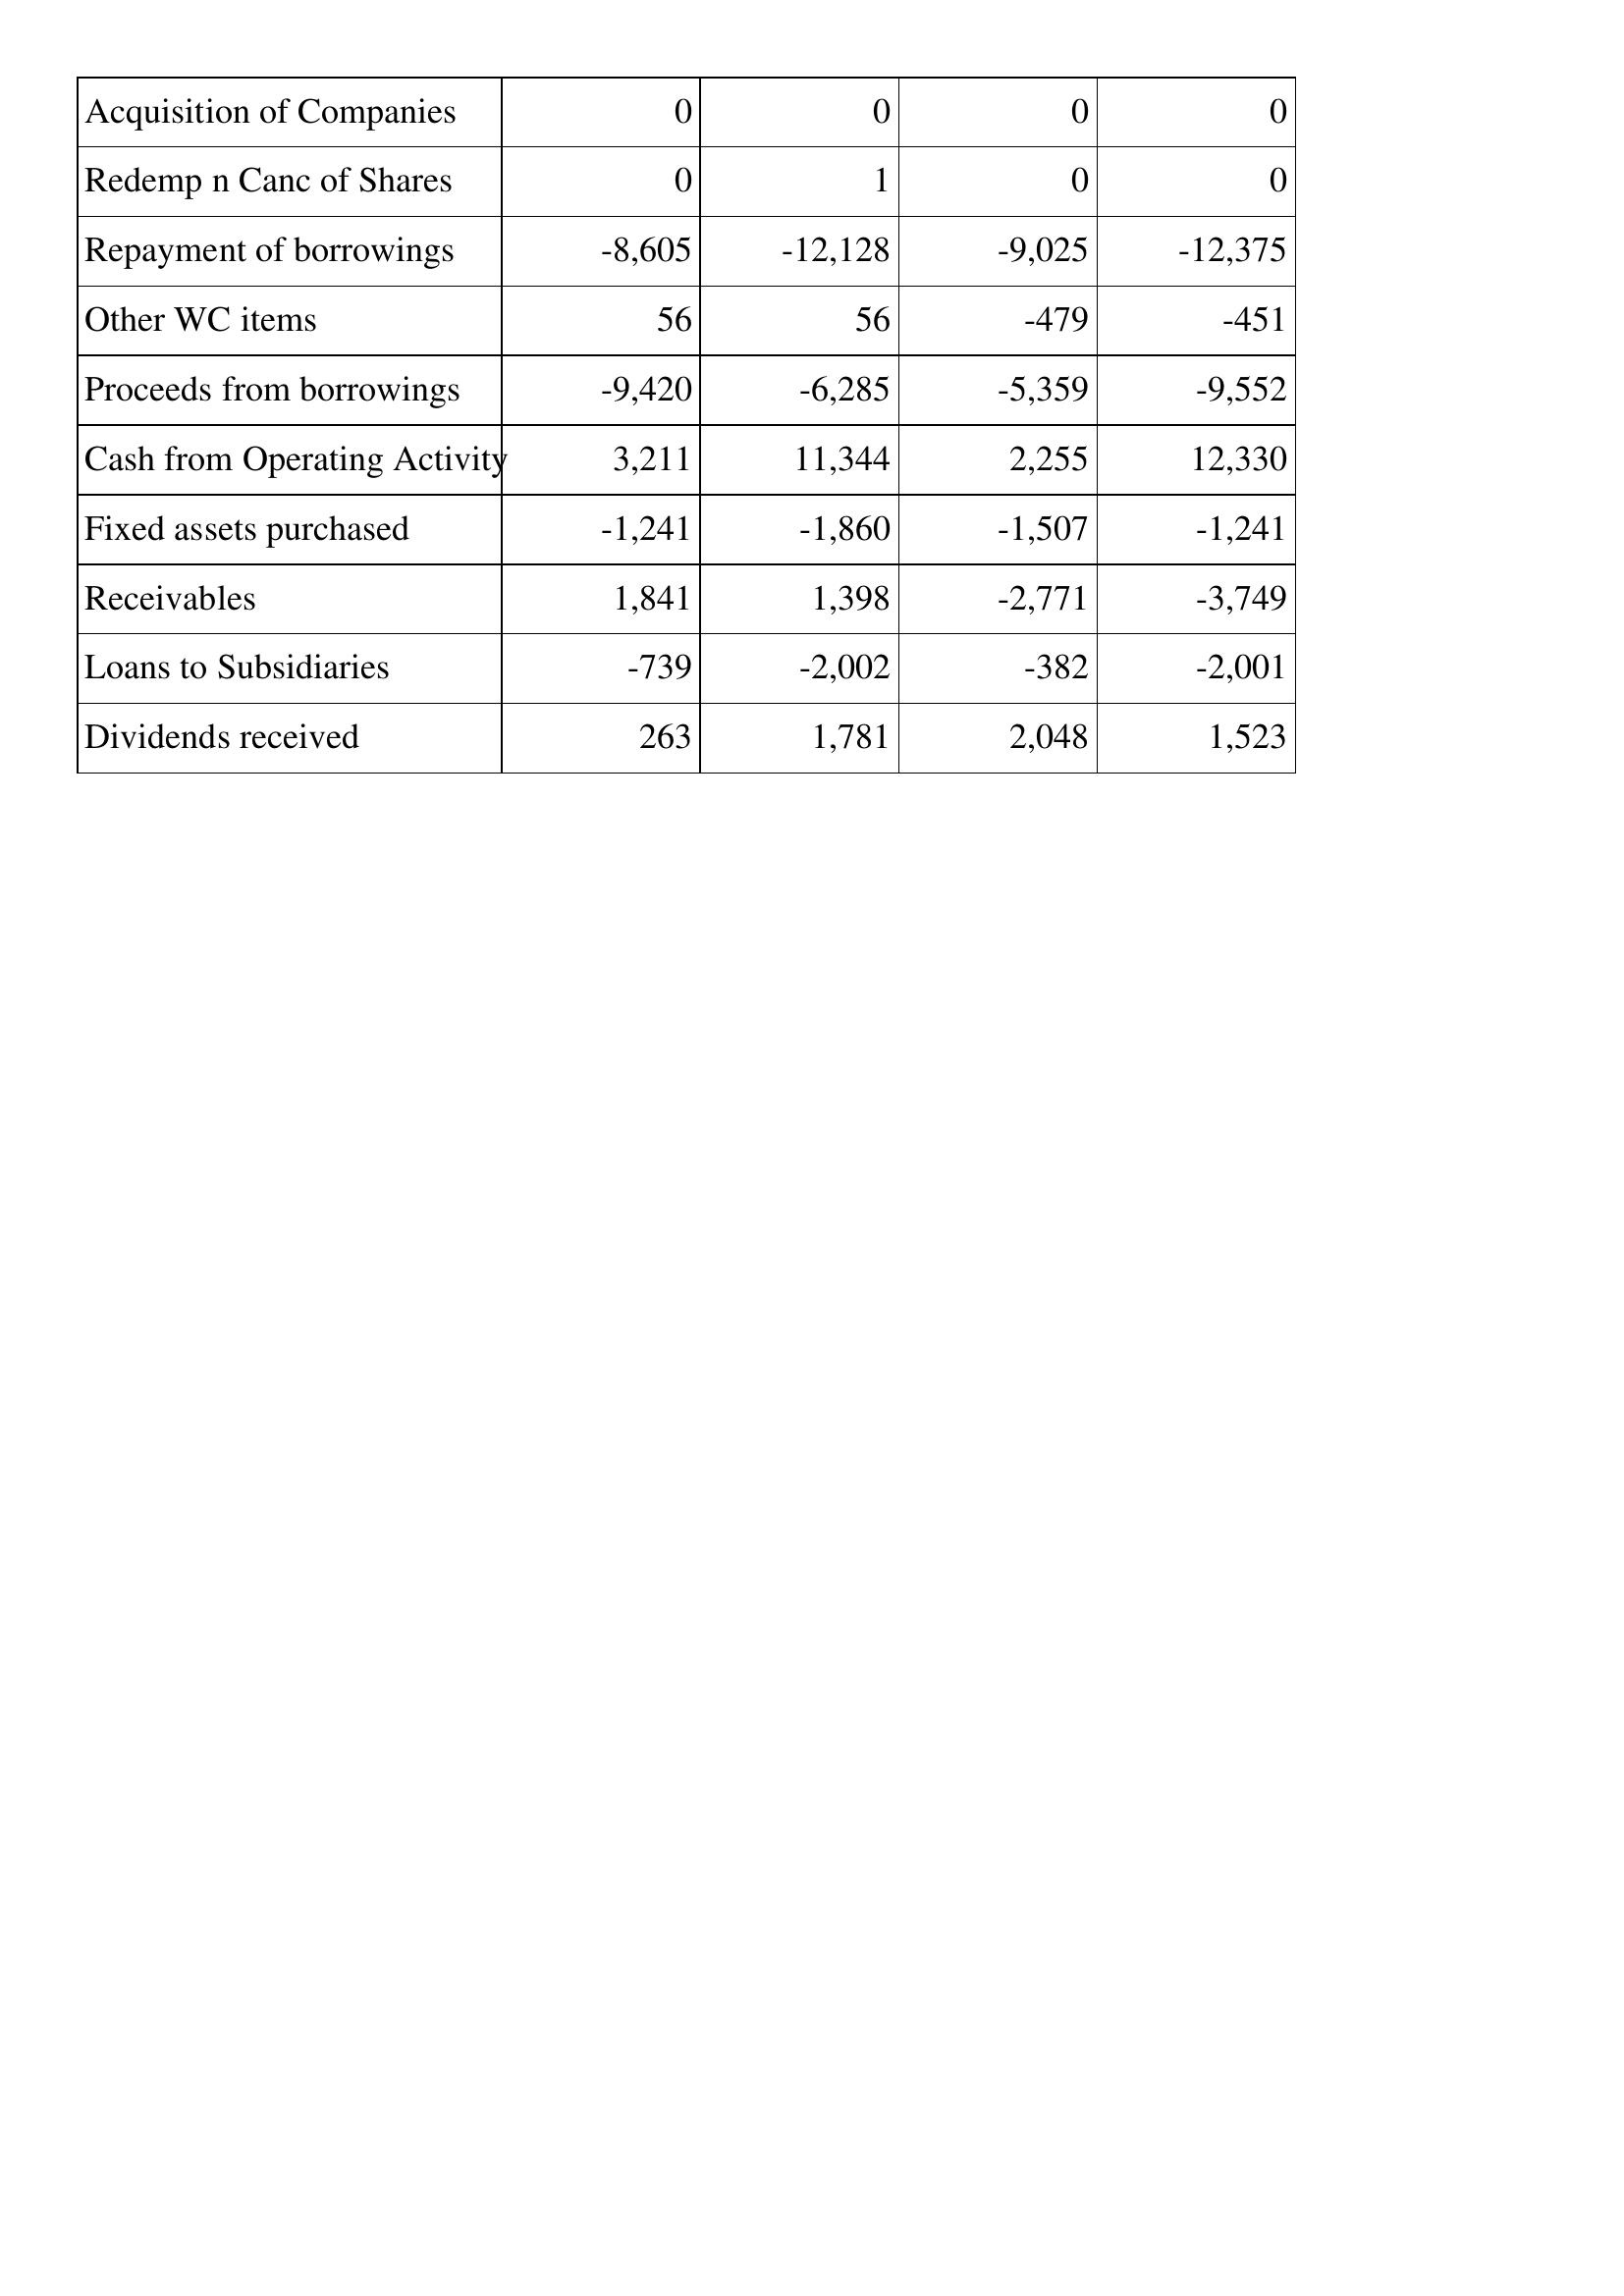
Apr-16: Cash Flows: Acquisition of Companies: 0
Redemp n Canc of Shares: 0
Repayment of borrowings: -8,605
Other WC items: 56
Proceeds from borrowings: -9,420
Cash from Operating Activity: 3,211
Fixed assets purchased: -1,241
Receivables: 1,841
Loans to Subsidiaries: -739
Dividends received: 263
Apr-15: Cash Flows: Acquisition of Companies: 0
Redemp n Canc of Shares: 1
Repayment of borrowings: -12,128
Other WC items: 56
Proceeds from borrowings: -6,285
Cash from Operating Activity: 11,344
Fixed assets purchased: -1,860
Receivables: 1,398
Loans to Subsidiaries: -2,002
Dividends received: 1,781
Apr-14: Cash Flows: Acquisition of Companies: 0
Redemp n Canc of Shares: 0
Repayment of borrowings: -9,025
Other WC items: -479
Proceeds from borrowings: -5,359
Cash from Operating Activity: 2,255
Fixed assets purchased: -1,507
Receivables: -2,771
Loans to Subsidiaries: -382
Dividends received: 2,048
Apr-13: Cash Flows: Acquisition of Companies: 0
Redemp n Canc of Shares: 0
Repayment of borrowings: -12,375
Other WC items: -451
Proceeds from borrowings: -9,552
Cash from Operating Activity: 12,330
Fixed assets purchased: -1,241
Receivables: -3,749
Loans to Subsidiaries: -2,001
Dividends received: 1,523